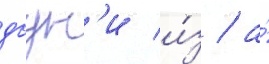
даун'и и́з / а́